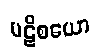
ပဋိစယော